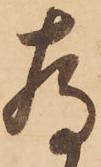
存